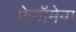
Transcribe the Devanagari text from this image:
फ़ेनॉमेना